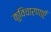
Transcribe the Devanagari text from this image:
कुविचारणाएँ